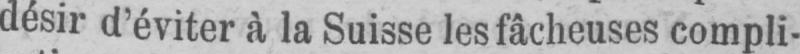
désir d’éviter à la Suisse les fâcheuses compli-